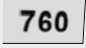
760